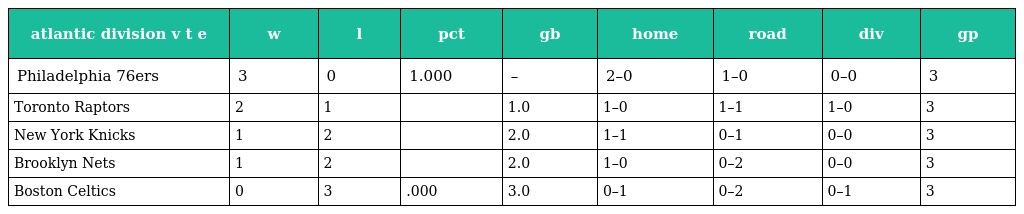
| atlantic division v t e | w | l | pct | gb | home | road | div | gp |
 | --- | --- | --- | --- | --- | --- | --- | --- | --- |
 | Philadelphia 76ers | 3 | 0 | 1.000 | – | 2–0 | 1–0 | 0–0 | 3 |
 | Toronto Raptors | 2 | 1 |  | 1.0 | 1–0 | 1–1 | 1–0 | 3 |
 | New York Knicks | 1 | 2 |  | 2.0 | 1–1 | 0–1 | 0–0 | 3 |
 | Brooklyn Nets | 1 | 2 |  | 2.0 | 1–0 | 0–2 | 0–0 | 3 |
 | Boston Celtics | 0 | 3 | .000 | 3.0 | 0–1 | 0–2 | 0–1 | 3 |